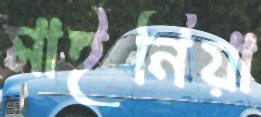
মাইনিয়া